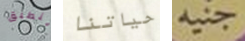
ينطبق حياتنا جنيه